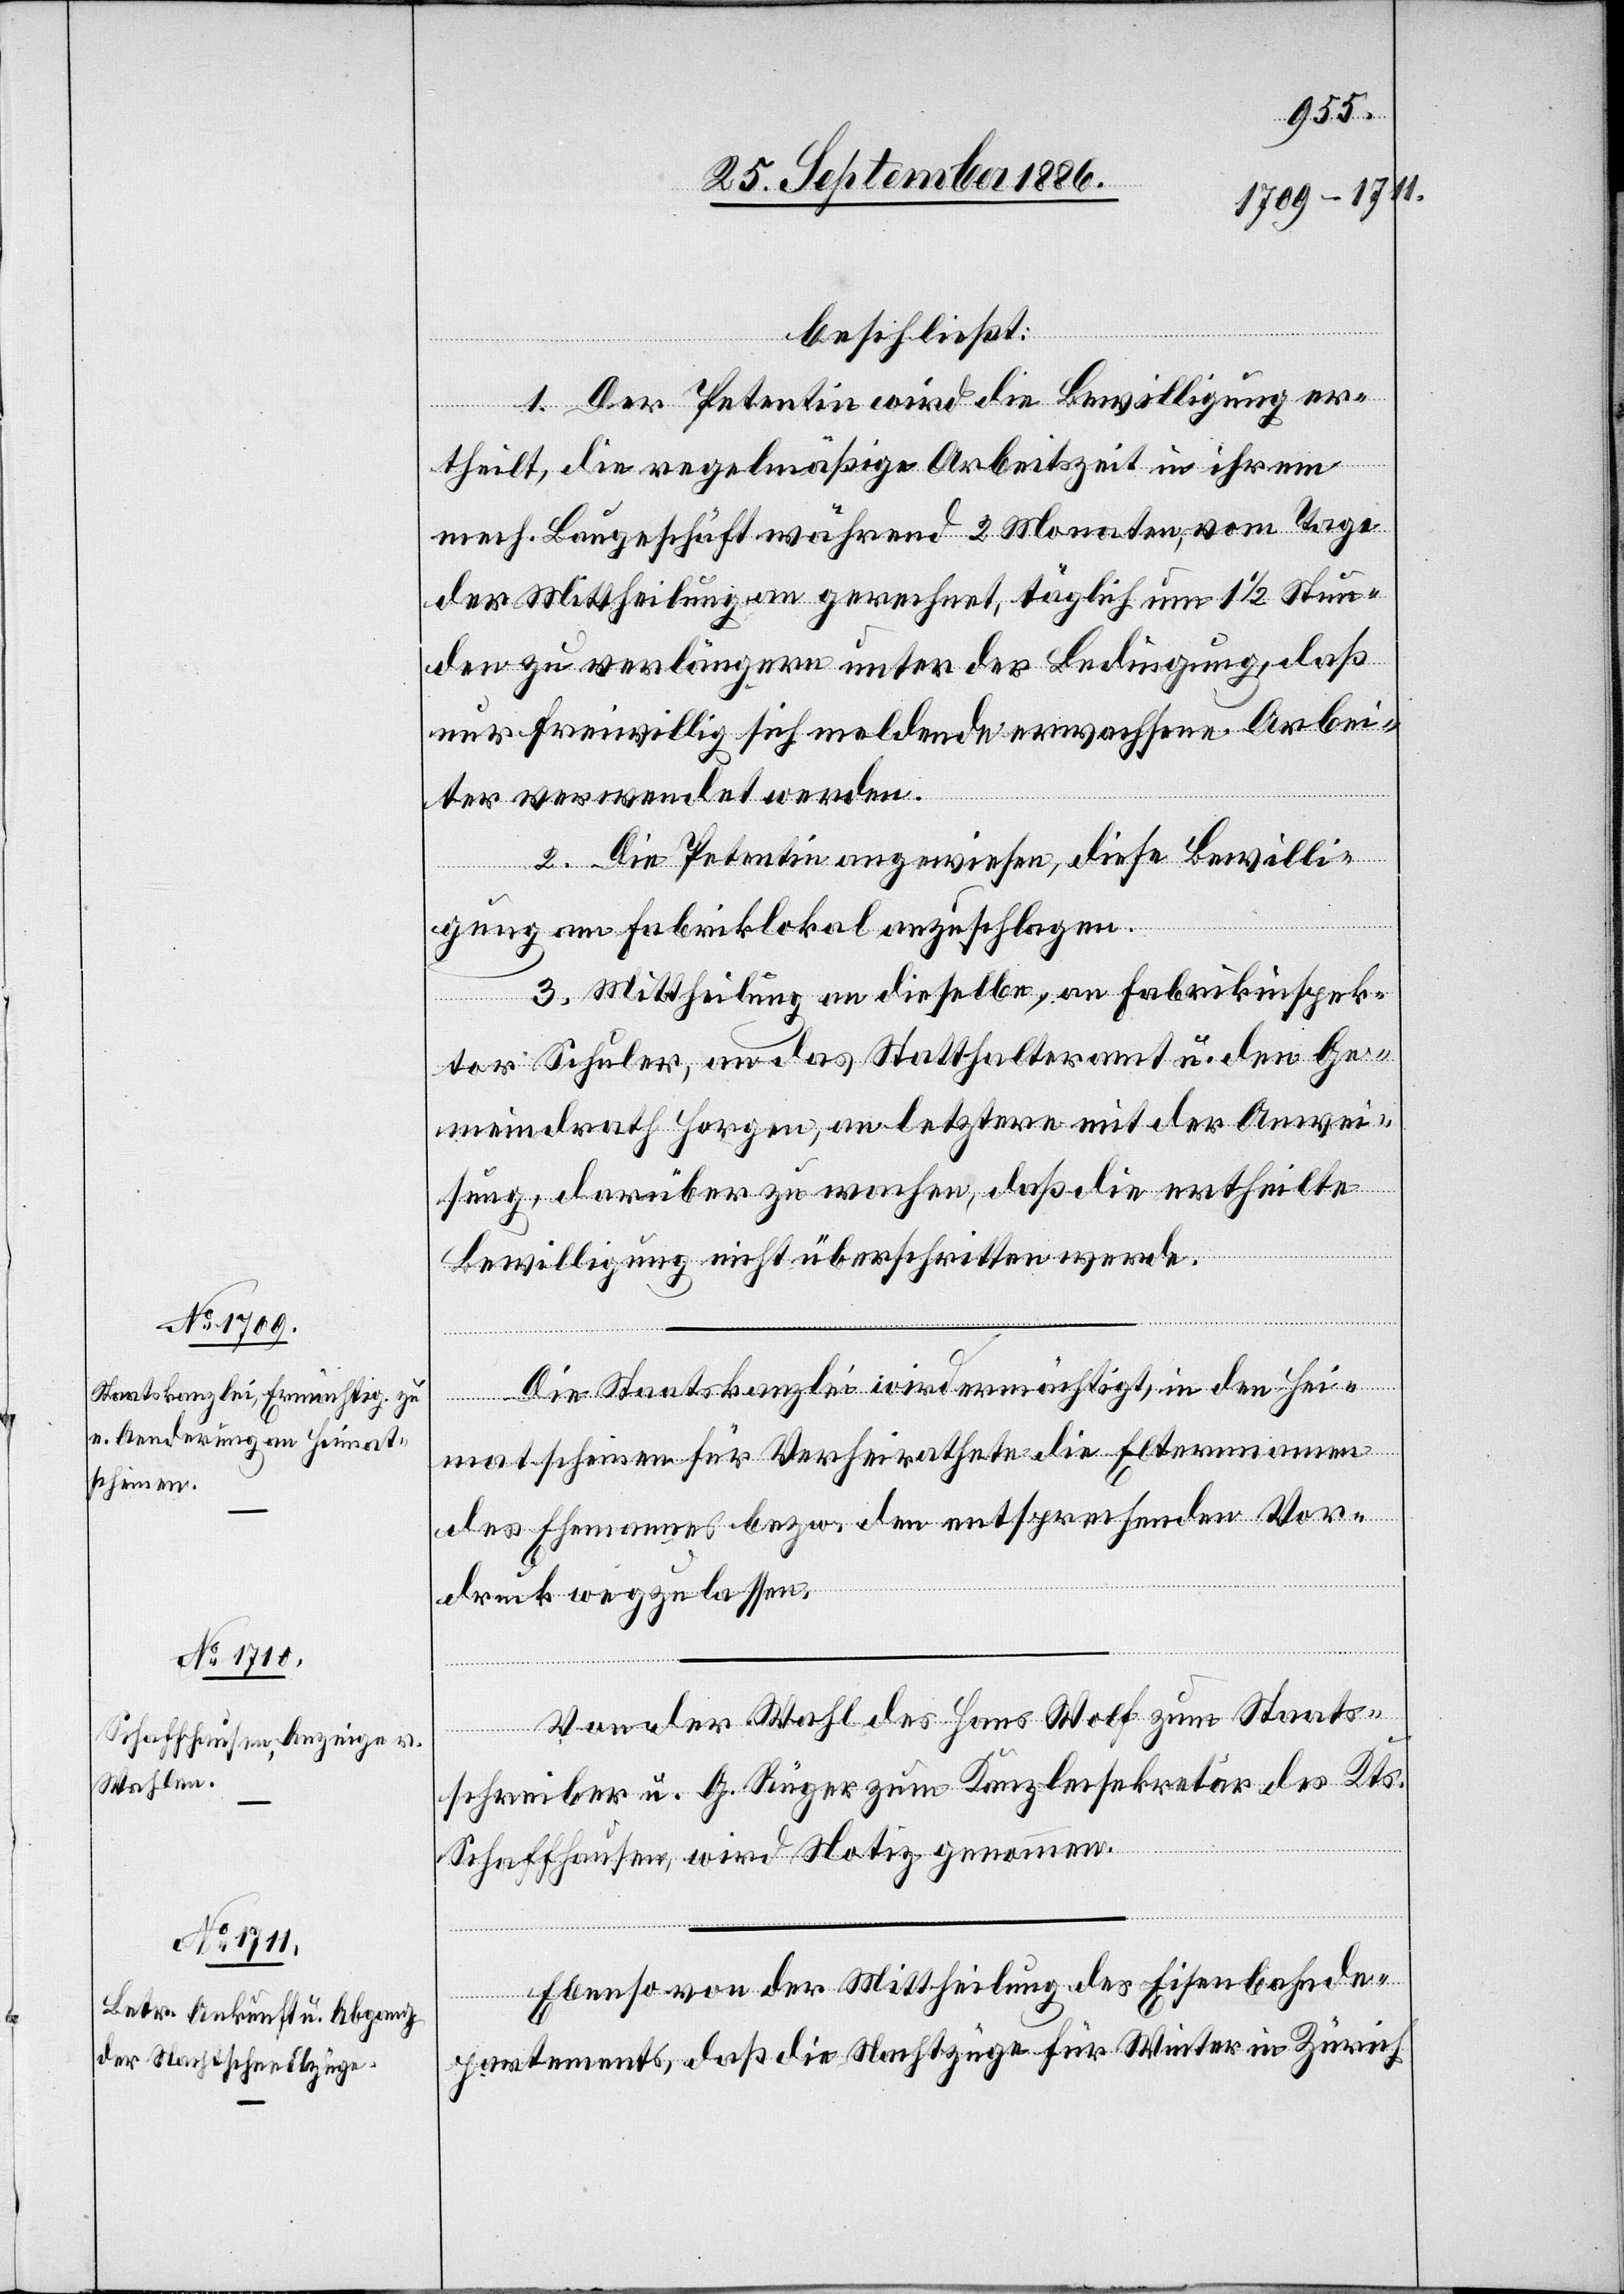
beschließt:
1. Der Petentin wird die Bewilligung er¬
theilt, die regelmäßige Arbeitszeit in ihrem
mech. Baugeschäft während 2 Monaten, vom Tage
der Mittheilung an gerechnet, täglich um 1 1/2 Stun¬
den zu verlängern unter der Bedingung, daß
nur freiwillig sich meldende erwachsene Arbei¬
ter verwendet werden.
2. Die Petentin [wird] angewiesen, diese Bewilli¬
gung am Fabriklokal anzuschlagen.
3. Mittheilung an dieselbe, an Fabrikinspek¬
tor Schuler, an das Statthalteramt u. den Ge¬
meindrath Horgen, an letztere mit der Anwei¬
sung, darüber zu wachen, daß die ertheilte
Bewilligung nicht überschritten werde.
Die Staatskanzlei wird ermächtigt, in den Hei¬
matscheinen für Verheirathete die Elternnamen
des Ehemannes bezw. den entsprechenden Vor¬
druck wegzulassen.
Von der Wahl des Hans Wolf zum Staats¬
schreiber u. G. Rüger zum Kanzleisekretär des Kts.
Schaffhausen, wird Notiz genommen.
Ebenso von der Mittheilung des Eisenbahnde¬
partements, daß die Nachtzüge für Winter in Zürich